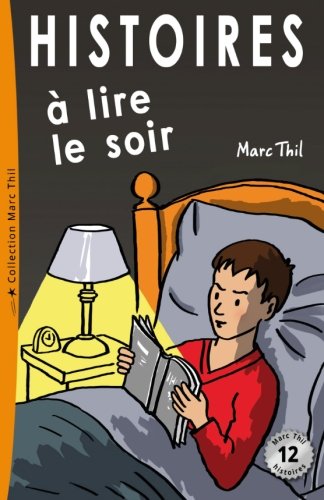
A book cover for Histoires Ã  lire le soir (French Edition); Marc Thil; Children's Books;